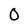
Character: 0